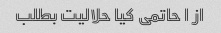
از ا حاتمی کیا حلالیت بطلب